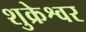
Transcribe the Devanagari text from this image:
शुक्रेश्वर